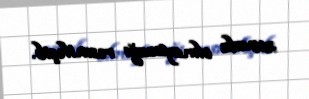
zonada olmayacağı rəsmiləşib.